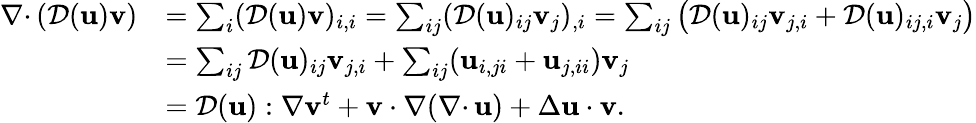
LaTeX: \begin{array}{rl}{{{\nabla\cdot}\, }({\mathcal{D}}({\mathbf u}){\mathbf v})}&{=\sum_{i}({\mathcal{D}}({\mathbf u}){\mathbf v})_{i,i}=\sum_{ij}({\mathcal{D}}({\mathbf u})_{ij}{\mathbf v}_{j})_{,i}=\sum_{ij}\big({\mathcal{D}}({\mathbf u})_{ij}{\mathbf v}_{j,i}+{\mathcal{D}}({\mathbf u})_{ij,i}{\mathbf v}_{j}\big)}\\ &{=\sum_{ij}{\mathcal{D}}({\mathbf u})_{ij}{\mathbf v}_{j,i}+\sum_{ij}({\mathbf u}_{i,ji}+{\mathbf u}_{j,ii}){\mathbf v}_{j}}\\ &{={\mathcal{D}}({\mathbf u}):\nabla{\mathbf v}^{t}+{\mathbf v}\cdot\nabla({{\nabla\cdot}\, }{\mathbf u})+\Delta{\mathbf u}\cdot{\mathbf v}.}\end{array}